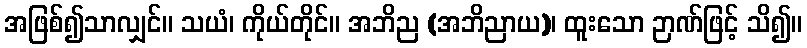
အဖြစ်၍သာလျှင်။ သယံ၊ ကိုယ်တိုင်။ အဘိည (အဘိညာယ)၊ ထူးသော ဉာဏ်ဖြင့် သိ၍။